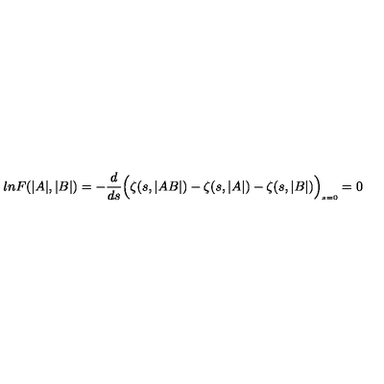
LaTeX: l n F ( \vert A \vert , \vert B \vert ) = - \frac { d } { d s } \Bigl ( \zeta ( s , \vert A B \vert ) - \zeta ( s , \vert A \vert ) - \zeta ( s , \vert B \vert ) \Bigr ) _ { \scriptscriptstyle s = 0 } = 0